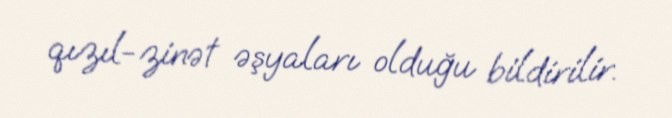
qızıl-zinət əşyaları olduğu bildirilir.